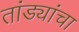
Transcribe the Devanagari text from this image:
तांड्यांचा